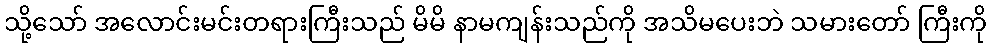
သို့သော် အလောင်းမင်းတရားကြီးသည် မိမိ နာမကျန်းသည်ကို အသိမပေးဘဲ သမားတော် ကြီးကို